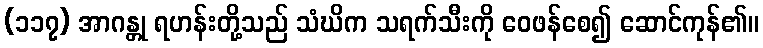
(၁၁၇) အာဂန္တု ရဟန်းတို့သည် သံဃိက သရက်သီးကို ဝေဖန်စေ၍ ဆောင်ကုန်၏။